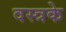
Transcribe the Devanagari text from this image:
वस्त्रके